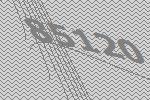
85120